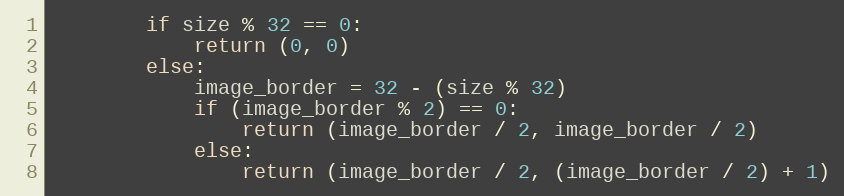
Language: Python
        if size % 32 == 0:
            return (0, 0)
        else:
            image_border = 32 - (size % 32)
            if (image_border % 2) == 0:
                return (image_border / 2, image_border / 2)
            else:
                return (image_border / 2, (image_border / 2) + 1)